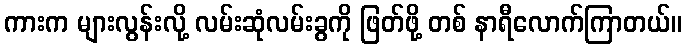
ကားက များလွန်းလို့ လမ်းဆုံလမ်းခွကို ဖြတ်ဖို့ တစ် နာရီလောက်ကြာတယ်။